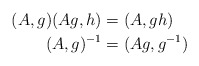
\begin{align*} (A,g)(Ag,h)&=(A,gh)\\ (A,g)^{-1}&=(Ag,g^{-1}) \end{align*}